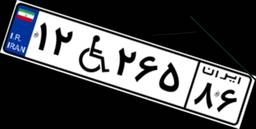
۱۲W۲۶۵۸۶